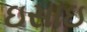
ઇસાઇ